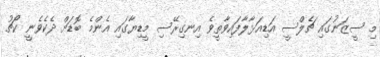
މި ސީޒަނުގައި ޗެލްސީ އަޑިއަޅާލާފައިވާތީވެ އިނގިރޭސި މީޑިޔާގައި އެންމެ ބޮޑަށް ދެކެވެނީ ކޯޗު